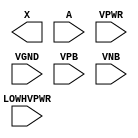
module sky130_fd_sc_hvl__lsbufhv2hv_hl (
    X       ,
    A       ,
    VPWR    ,
    VGND    ,
    LOWHVPWR,
    VPB     ,
    VNB
);

    output X       ;
    input  A       ;
    input  VPWR    ;
    input  VGND    ;
    input  LOWHVPWR;
    input  VPB     ;
    input  VNB     ;
endmodule